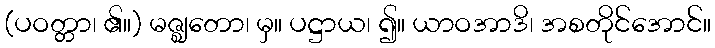
(ပဝတ္တာ၊ ၏။) မဇ္ဈတော၊ မှ။ ပဋ္ဌာယ၊ ၍။ ယာဝအာဒိ၊ အစတိုင်အောင်။